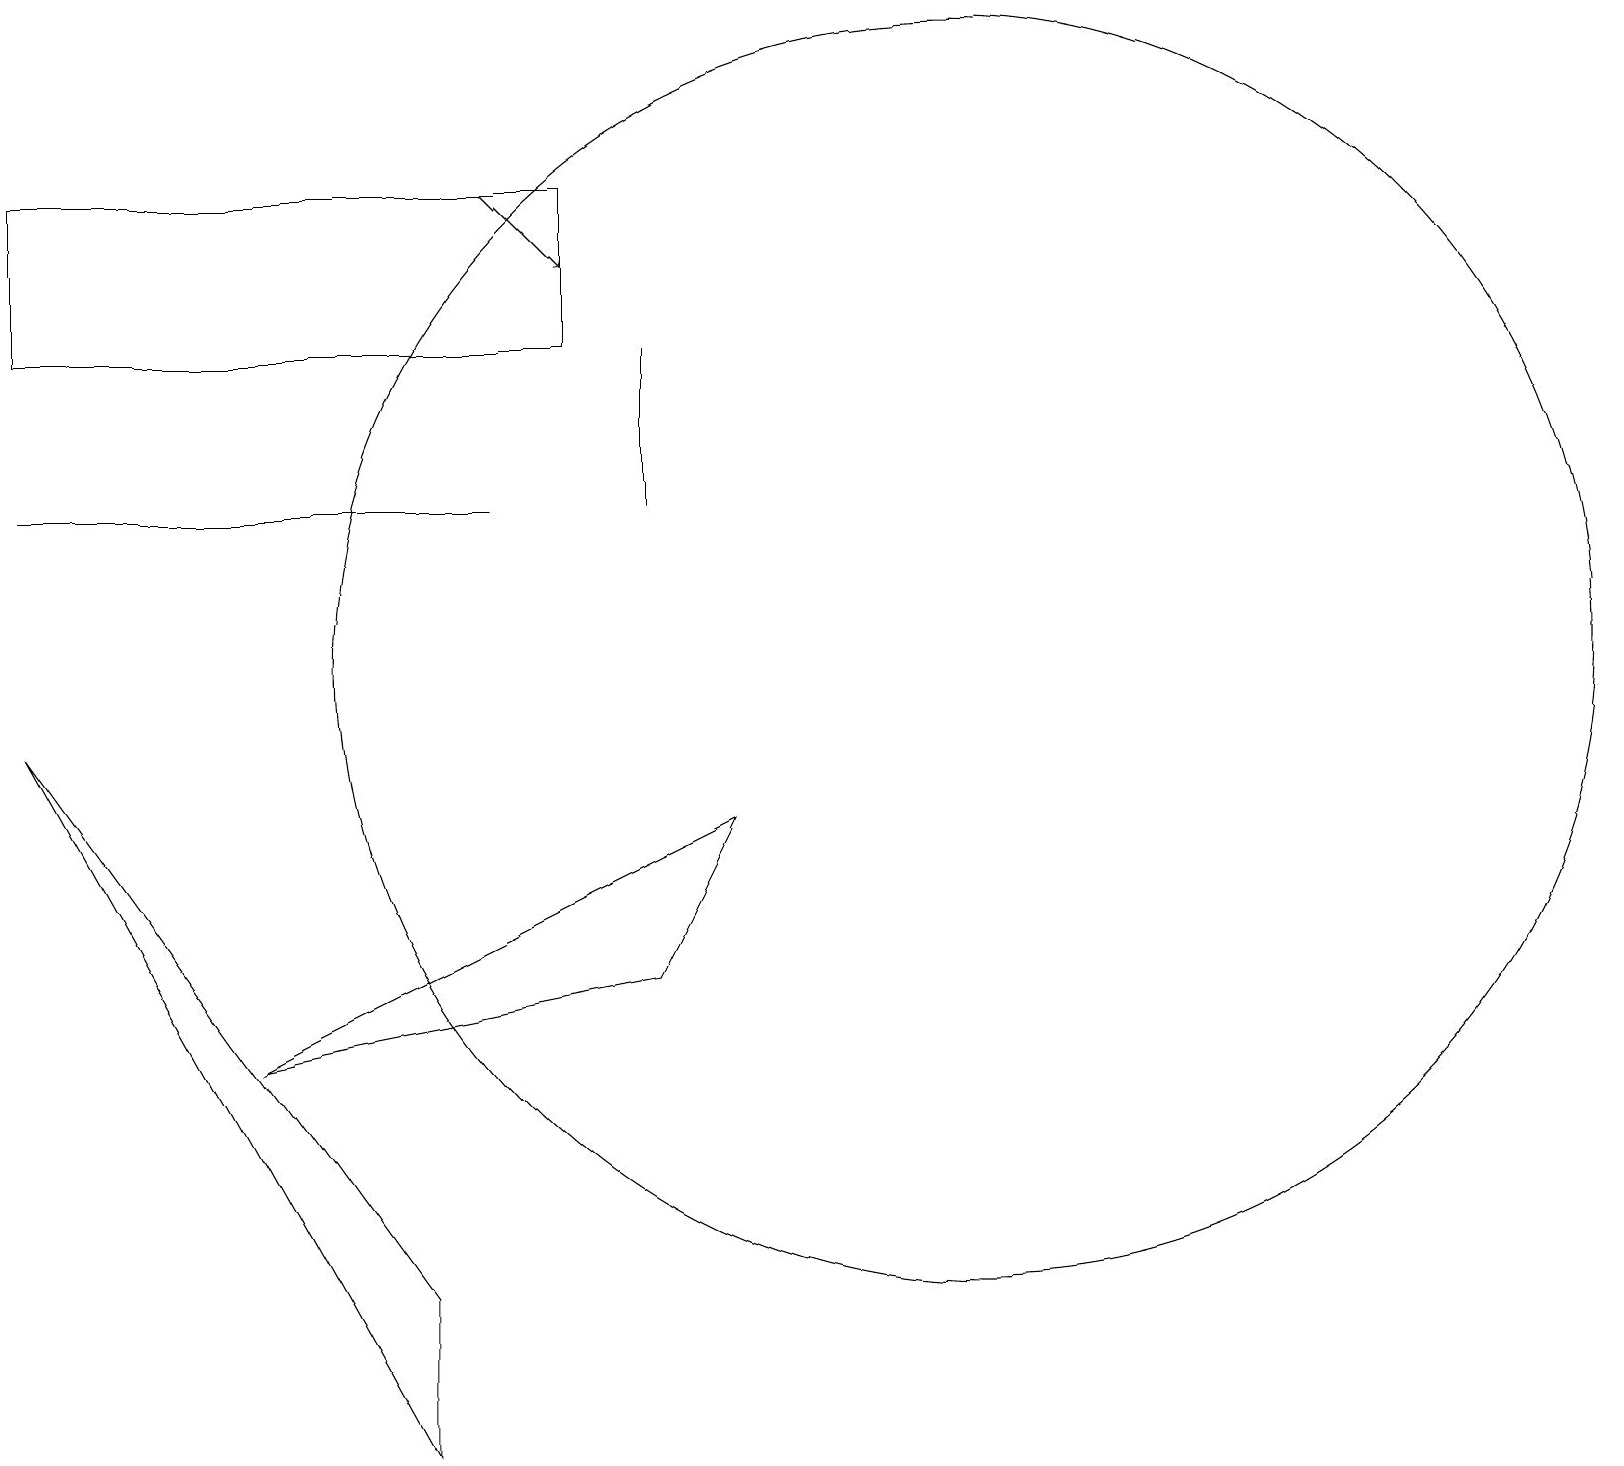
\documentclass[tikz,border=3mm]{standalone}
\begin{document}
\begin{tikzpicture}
\draw (12,10) circle (8);
\draw (5,0) -- (0,9) -- (5,2) -- cycle;
\draw (8,12) rectangle (8,14);
\draw (6,12) rectangle (0,12);
\draw (8,6) -- (9,8) -- (3,5) -- cycle;
\draw[->] (6,16) -- (7,15);
\draw (7,14) rectangle (0,16);
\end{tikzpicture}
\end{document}